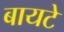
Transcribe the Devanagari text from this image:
बायटे